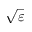
\sqrt { \varepsilon }